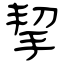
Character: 挈